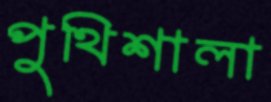
পুথিশালা